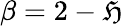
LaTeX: \beta=2-\mathfrak{H}